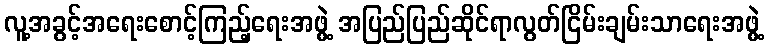
လူ့အခွင့်အရေးစောင့်ကြည့်ရေးအဖွဲ့ အပြည်ပြည်ဆိုင်ရာလွတ်ငြိမ်းချမ်းသာရေးအဖွဲ့